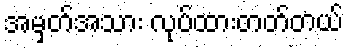
အမှတ်အသား လုပ်ထားတတ်တယ်